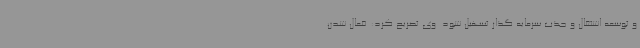
و توسعه اشتغال و جذب سرمایه گذار تسهیل شود. وی تصریح کرد: فعال شدن